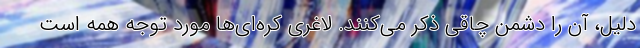
دلیل، آن را دشمن چاقی ذکر می‌کنند. لاغری کره‌ای‌ها مورد توجه همه است